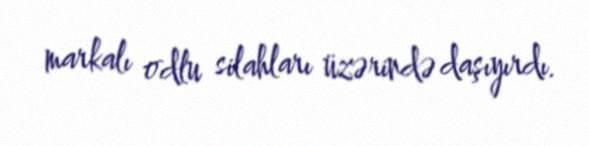
markalı odlu silahları üzərində daşıyırdı.